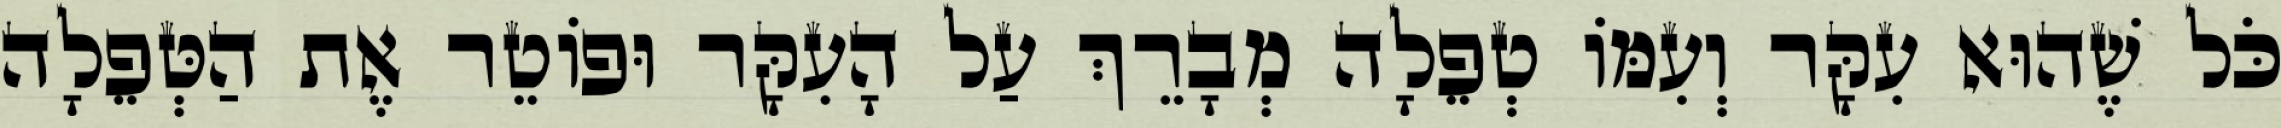
כֹּל שֶׁהוּא עִקָּר וְעִמּוֹ טְפֵלָה מְבָרֵךְ עַל הָעִקָּר וּפוֹטֵר אֶת הַטְּפֵלָה